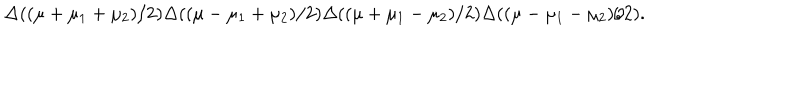
LaTeX: \Delta ( ( \mu + \mu _ { 1 } + \mu _ { 2 } ) / 2 ) \Delta ( ( \mu - \mu _ { 1 } + \mu _ { 2 } ) / 2 ) \Delta ( ( \mu + \mu _ { 1 } - \mu _ { 2 } ) / 2 ) \Delta ( ( \mu - \mu _ { 1 } - \mu _ { 2 } ) / 2 ) .